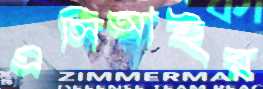
এসিআইর